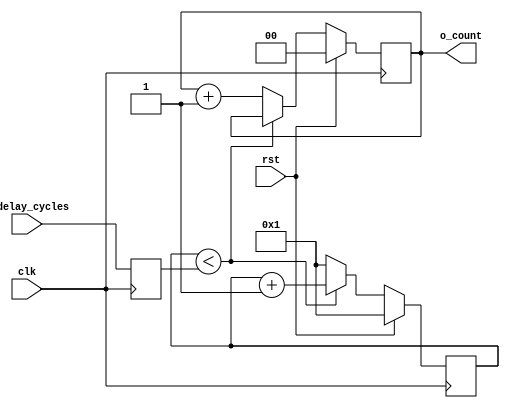
`timescale 10ns / 100ps

module ContadorDelayVariable #(
    parameter COUNTER_WIDTH = 2) (
    input clk,
    input rst,
    input [31:0] i_delay_cycles,
    output reg [COUNTER_WIDTH-1:0] o_count);

    initial o_count = 0;

    reg [31:0] cycle_counter = 1;
    reg [31:0] delay_cycles = 0;

    always @ ( posedge clk ) begin
        delay_cycles <= i_delay_cycles;
        if ( rst == 1) begin
            cycle_counter <= 1;
            o_count <= 0;
        end
        else if ( cycle_counter < delay_cycles)
            cycle_counter <= cycle_counter + 1;
        else begin
            cycle_counter <= 1;
            o_count <= o_count + 1;
        end
    end

endmodule